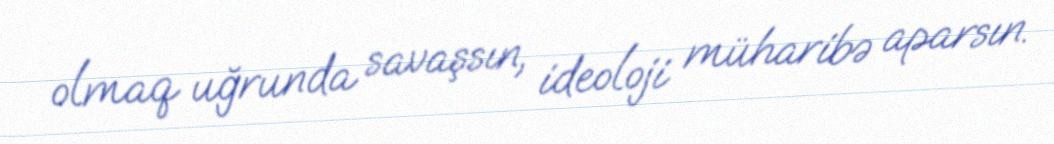
olmaq uğrunda savaşsın, ideoloji müharibə aparsın.